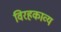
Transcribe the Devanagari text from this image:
विरहकाव्य